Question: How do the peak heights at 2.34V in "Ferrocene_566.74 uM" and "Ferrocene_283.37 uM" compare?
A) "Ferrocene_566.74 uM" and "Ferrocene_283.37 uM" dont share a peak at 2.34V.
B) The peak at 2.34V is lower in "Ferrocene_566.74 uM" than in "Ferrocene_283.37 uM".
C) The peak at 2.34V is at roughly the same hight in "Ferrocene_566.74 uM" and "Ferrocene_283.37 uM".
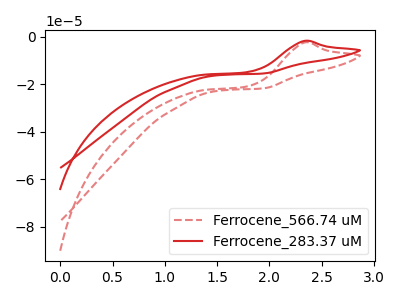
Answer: <think>The red dashed curve "Ferrocene_566.74 uM" has an anodic peak at: (2.35V, -2.35uA). The red curve "Ferrocene_283.37 uM" has an anodic peak at: (2.35V, -1.65uA).</think>
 <answer>B) The peak at 2.34V is lower in "Ferrocene_566.74 uM" than in "Ferrocene_283.37 uM".</answer>
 <eval>B</eval>